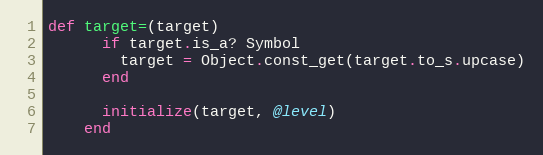
Language: Ruby
def target=(target)
      if target.is_a? Symbol
        target = Object.const_get(target.to_s.upcase)
      end

      initialize(target, @level)
    end